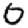
Digit: 0